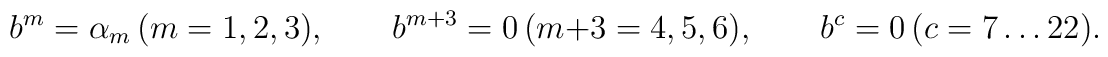
b^{m}=\alpha_m\, (m=1,2,3), \qquad b^{m+3}=0\,(m+3=4,5,6),\qquad b^c=0\, (c=7\dots 22).